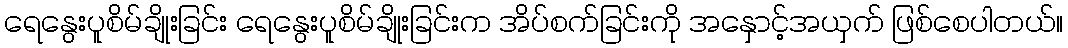
ရေနွေးပူစိမ်ချိုးခြင်း ရေနွေးပူစိမ်ချိုးခြင်းက အိပ်စက်ခြင်းကို အနှောင့်အယှက် ဖြစ်စေပါတယ်။